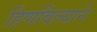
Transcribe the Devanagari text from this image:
हिणविल्याने